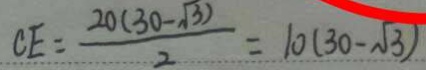
C E = \frac { 2 0 ( 3 0 - \sqrt { 3 } ) } { 2 } = 1 0 ( 3 0 - \sqrt { 3 } )